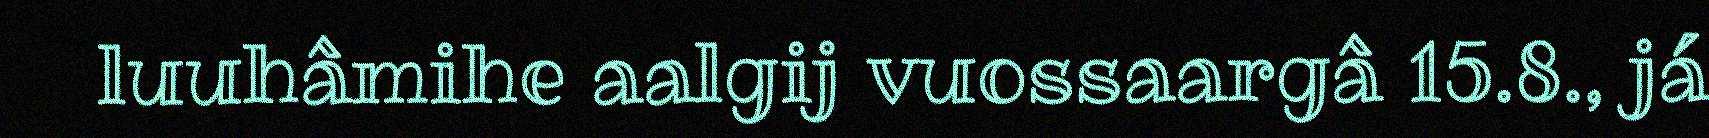
luuhâmihe aalgij vuossaargâ 15.8., já